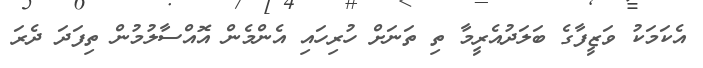
އެކަމަކު ވަޒީފާގެ ބަލަދުއެރީމާ ތި ތަނަށް ހުރިހައި އެންމެން އޮއްސާލުމުން ތިފަދަ ދެރަ